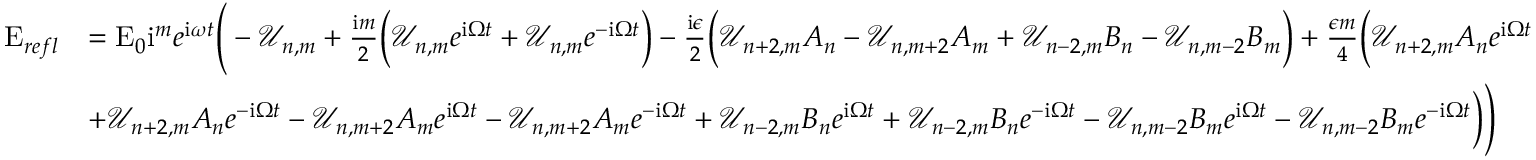
\begin{array} { r l } { \mathrm { E } _ { r e f l } } & { = \mathrm { E } _ { 0 } \mathrm { i } ^ { m } e ^ { \mathrm { i } \omega t } \Bigg ( - \mathcal { U } _ { n , m } + \frac { \mathrm { i } m } { 2 } \bigg ( \mathcal { U } _ { n , m } e ^ { \mathrm { i } \Omega t } + \mathcal { U } _ { n , m } e ^ { - \mathrm { i } \Omega t } \bigg ) - \frac { \mathrm { i } \epsilon } { 2 } \bigg ( \mathcal { U } _ { n + 2 , m } A _ { n } - \mathcal { U } _ { n , m + 2 } A _ { m } + \mathcal { U } _ { n - 2 , m } B _ { n } - \mathcal { U } _ { n , m - 2 } B _ { m } \bigg ) + \frac { \epsilon m } { 4 } \bigg ( \mathcal { U } _ { n + 2 , m } A _ { n } e ^ { \mathrm { i } \Omega t } } \\ & { + \mathcal { U } _ { n + 2 , m } A _ { n } e ^ { - \mathrm { i } \Omega t } - \mathcal { U } _ { n , m + 2 } A _ { m } e ^ { \mathrm { i } \Omega t } - \mathcal { U } _ { n , m + 2 } A _ { m } e ^ { - \mathrm { i } \Omega t } + \mathcal { U } _ { n - 2 , m } B _ { n } e ^ { \mathrm { i } \Omega t } + \mathcal { U } _ { n - 2 , m } B _ { n } e ^ { - \mathrm { i } \Omega t } - \mathcal { U } _ { n , m - 2 } B _ { m } e ^ { \mathrm { i } \Omega t } - \mathcal { U } _ { n , m - 2 } B _ { m } e ^ { - \mathrm { i } \Omega t } \bigg ) \Bigg ) } \end{array}